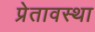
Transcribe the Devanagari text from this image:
प्रेतावस्था